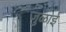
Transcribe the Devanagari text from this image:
जुळाई